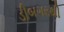
ડીબગરથી